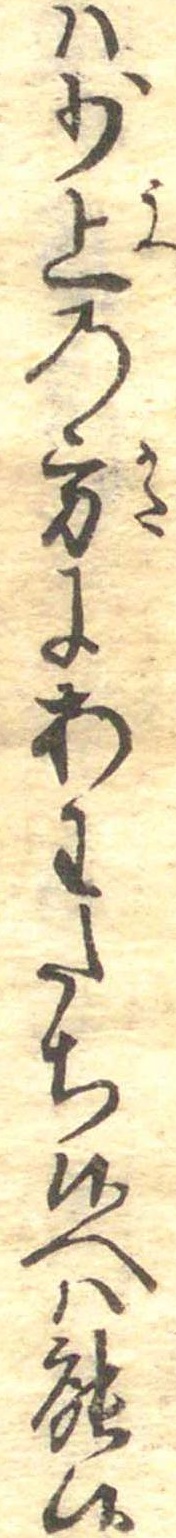
は少上の方にあわたち候へは能候